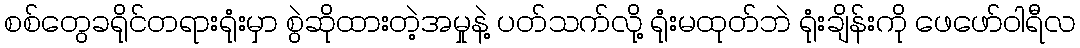
စစ်တွေခရိုင်တရားရုံးမှာ စွဲဆိုထားတဲ့အမှုနဲ့ ပတ်သက်လို့ ရုံးမထုတ်ဘဲ ရုံးချိန်းကို ဖေဖော်ဝါရီလ